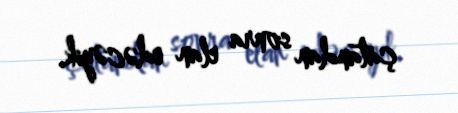
çatandan sonra elan edəcəyik.